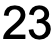
23